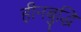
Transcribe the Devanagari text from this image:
हीनबुद्धि